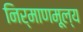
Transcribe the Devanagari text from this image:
निर्माणमूल्य